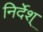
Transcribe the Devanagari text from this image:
निर्देश्